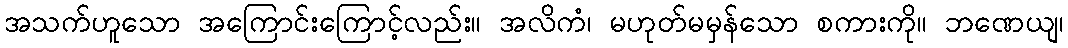
အသက်ဟူသော အကြောင်းကြောင့်လည်း။ အလိကံ၊ မဟုတ်မမှန်သော စကားကို။ ဘဏေယျ၊